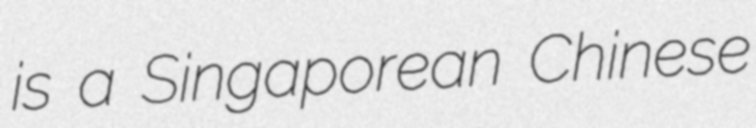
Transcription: is a Singaporean Chinese